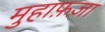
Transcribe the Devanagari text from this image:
मुहाफ़ज़ा